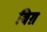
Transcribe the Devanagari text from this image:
बिग़